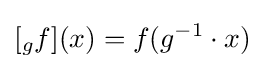
[{}_{g}f](x)=f(g^{-1}\cdot x)